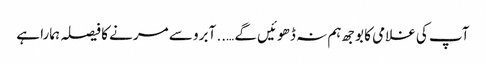
آپ کی غلامی کا بوجھ ہم نہ ڈھوئیں گے ….. آبرو سے مرنے کا فیصلہ ہمارا ہے